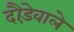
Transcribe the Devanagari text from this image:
दौड़ेवाले